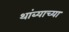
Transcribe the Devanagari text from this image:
थांब्याच्या